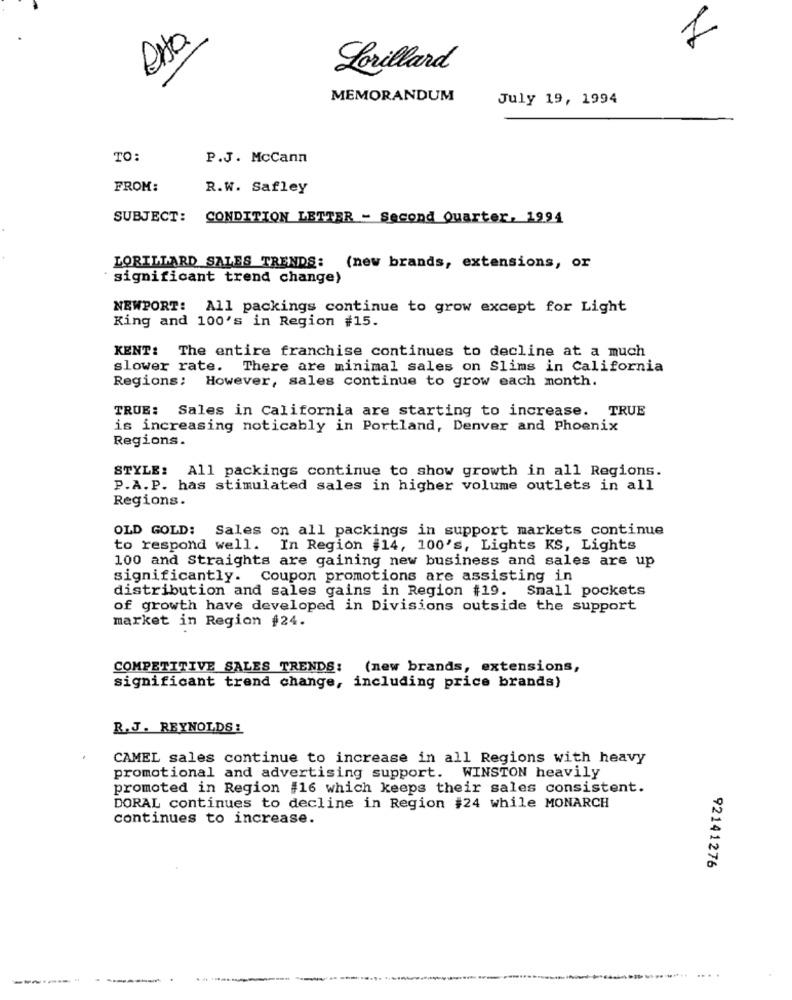
esta
1
Lorillard
MEMORANDUM
July 19, 1994
TO:
P.J. McCann
FROM:
R.W. Safley
SUBJECT: CONDITION LETTER - Second Quarter, 1994
LORILLARD SALES TRENDS: (new brands, extensions, or
significant trend change)
NEWPORT: All packings continue to grow except for Light
King and 100's in Region #15.
KENT: The entire franchise continues to decline at a much
slower rate.
There are minimal sales on Slims in California
Regions; However, sales continue to grow each month.
TRUE: Sales in California are starting to increase. TRUE
is increasing noticably in Portland, Denver and Phoenix
Regions.
STYLE: All packings continue to show growth in all Regions.
P.A.P. has stimulated sales in higher volume outlets in all
Regions.
OLD GOLD: Sales on all packings in support markets continue
to respond well. In Region #14, 100's, Lights KS, Lights
100 and Straights are gaining new business and sales are up
significantly. Coupon promotions are assisting in
distribution and sales gains in Region #19. Small pockets
of growth have developed in Divisions outside the support
market in Region #24.
COMPETITIVE SALES TRENDS: (new brands, extensions,
significant trend change, including price brands)
R.J. REYNOLDS :
CAMEL sales continue to increase in all Regions with heavy
promotional and advertising support. WINSTON heavily
promoted in Region #16 which keeps their sales consistent.
DORAL continues to decline in Region #24 while MONARCH
continues to increase.
92141276
--------